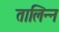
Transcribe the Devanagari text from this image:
तालिन्न